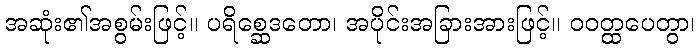
အဆုံး၏အစွမ်းဖြင့်။ ပရိစ္ဆေဒတော၊ အပိုင်းအခြားအားဖြင့်။ ဝဝတ္ထပေတွာ၊